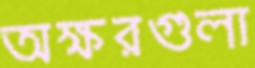
অক্ষরগুলা